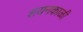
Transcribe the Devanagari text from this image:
शयनकाळी